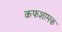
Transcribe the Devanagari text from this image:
कफशामक